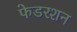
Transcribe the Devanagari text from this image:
फेडरशन